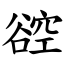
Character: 谾